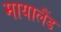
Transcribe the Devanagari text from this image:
मायालैंड